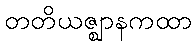
တတိယဇ္ဈာနကထာ